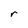
Character: r